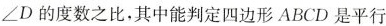
∠D的度数之比，其中能判定四边形ABCD是平行